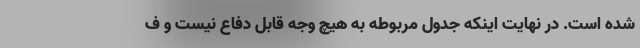
شده است. در نهایت اینکه جدول مربوطه به هیچ وجه قابل دفاع نیست و ف